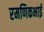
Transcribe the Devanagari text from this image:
रमणिकभाई